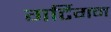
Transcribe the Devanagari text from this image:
गर्टिगन